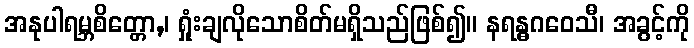
အနုပါရမ္ဘစိတ္တော,၊ ရှုံးချလိုသောစိတ်မရှိသည်ဖြစ်၍။ နရန္ဓဂဝေသီ၊ အခွင့်ကို